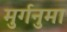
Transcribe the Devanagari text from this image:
मुर्गनुमा